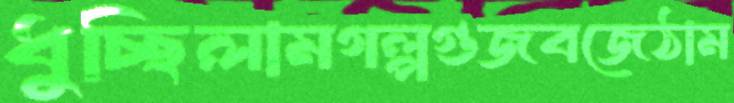
ধুচ্ছিলামগল্পগুজবজেঠাম